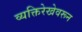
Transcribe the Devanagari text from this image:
व्यक्तिरेखेवरून